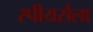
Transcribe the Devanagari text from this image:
स्पीयर्सला